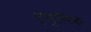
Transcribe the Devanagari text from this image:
ट्युनिक